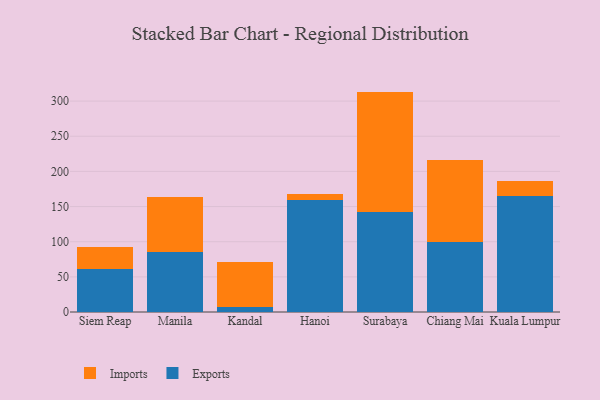
{"axis": {"x": "City", "y": "Market Share (%)"}, "legend": ["Exports", "Imports"], "data": [{"x": "Siem Reap", "y": 61.8, "type": "Exports"}, {"x": "Siem Reap", "y": 30.3, "type": "Imports"}, {"x": "Manila", "y": 86.0, "type": "Exports"}, {"x": "Manila", "y": 77.1, "type": "Imports"}, {"x": "Kandal", "y": 7.7, "type": "Exports"}, {"x": "Kandal", "y": 63.2, "type": "Imports"}, {"x": "Hanoi", "y": 159.4, "type": "Exports"}, {"x": "Hanoi", "y": 8.5, "type": "Imports"}, {"x": "Surabaya", "y": 142.4, "type": "Exports"}, {"x": "Surabaya", "y": 171.1, "type": "Imports"}, {"x": "Chiang Mai", "y": 99.7, "type": "Exports"}, {"x": "Chiang Mai", "y": 116.3, "type": "Imports"}, {"x": "Kuala Lumpur", "y": 164.5, "type": "Exports"}, {"x": "Kuala Lumpur", "y": 22.1, "type": "Imports"}]}